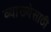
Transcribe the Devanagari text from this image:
व्याख्येसाठी